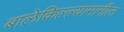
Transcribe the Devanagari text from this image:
बालेकिल्ल्यामागील